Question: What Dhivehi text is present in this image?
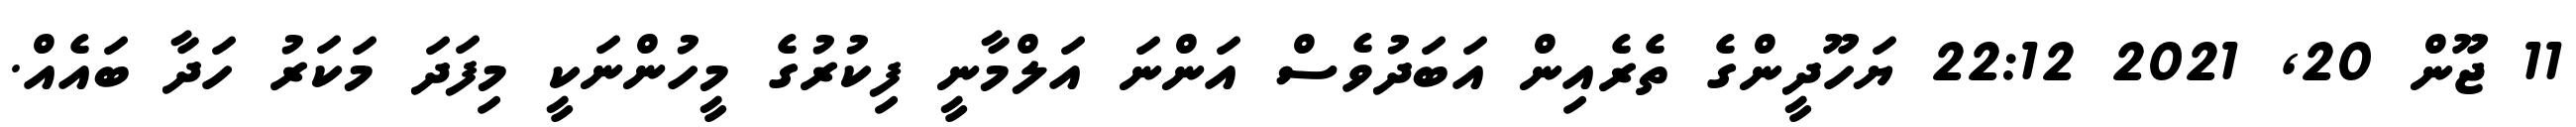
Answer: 11 ޖޫން 20, 2021 22:12 ޔަހޫދީންގެ ތެރެއިން އަބަދުވެސް އަންނަ އަލްމާނީ ފިކުރުގެ މީހުންނަކީ މިފަދަ މަކަރު ހަދާ ބައެއް.